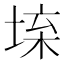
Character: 𡍕